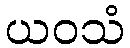
ယဝသံ